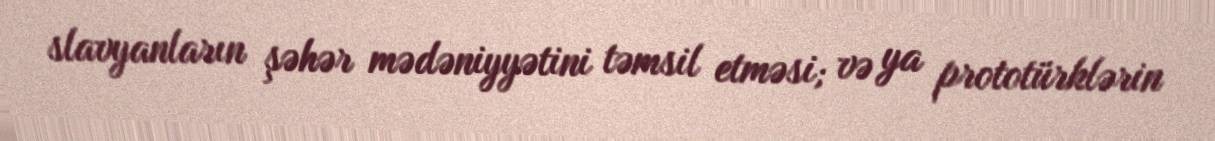
slavyanların şəhər mədəniyyətini təmsil etməsi; və ya prototürklərin